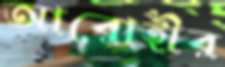
আরোহীর